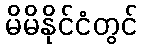
မိမိနိုင်ငံတွင်